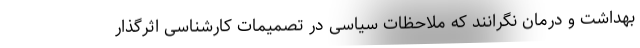
بهداشت و درمان نگرانند که ملاحظات سیاسی در تصمیمات کارشناسی اثرگذار